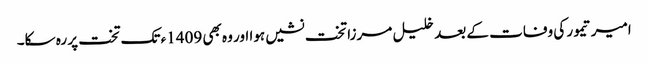
امیر تیمور کی وفات کے بعد خلیل مرزا تخت نشیں ہوا اور وہ بھی 1409ء تک تخت پر رہ سکا۔